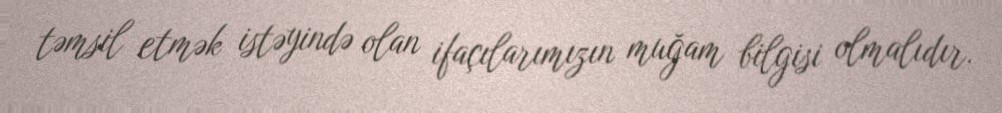
təmsil etmək istəyində olan ifaçılarımızın muğam bilgisi olmalıdır.